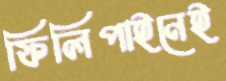
ফিলিপাইনেই